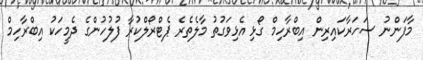
މާފަންނު ސަހަރާކައިރިން އިބްރާހިމް ގޯޅި އެޅިވަގުތު މާލެތެރެ ޕެޓްރޯލްކުރާ ފުލުހުންގެ ދެމީހަކު އިބްރާހިމް